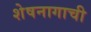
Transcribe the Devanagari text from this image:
शेषनागाची